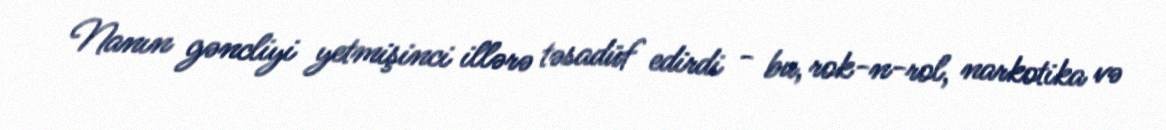
Nanın gəncliyi yetmişinci illərə təsadüf edirdi - bu, rok-n-rol, narkotika və